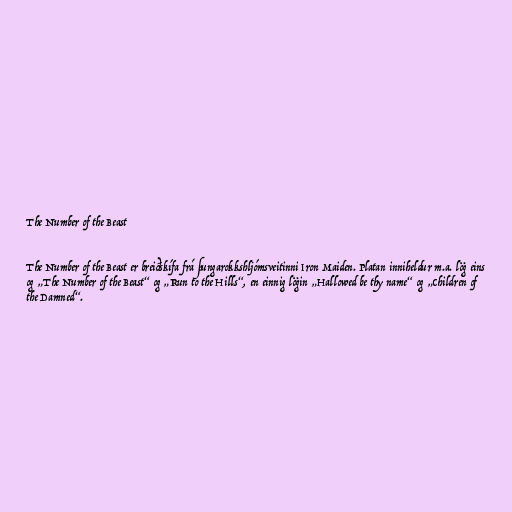
The Number of the Beast

The Number of the Beast er breiðskífa frá þungarokkshljómsveitinni Iron Maiden. Platan inniheldur m.a. lög eins
og „The Number of the Beast“ og „Run to the Hills“, en einnig lögin „Hallowed be thy name“ og „Children of
the Damned“.